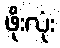
ဖိုးလုံး